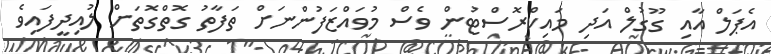
އެޕަލް އާއި ގޫގުލް އަދި މައިކްރޮޮސްޓުން ވެސް މުވައްޒަފުންނަށް ތަފާތު ގޮތްގޮތަށް ލުއިދީފައިވެ